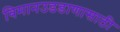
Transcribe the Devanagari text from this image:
विमानउडडाणासाठी